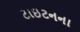
ટાઇટનના